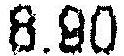
8.90